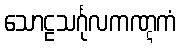
သောဠသင်္ဂုလကဏ္ဋကံ